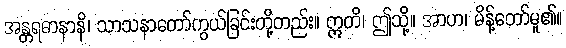
အန္တရဓာနာနိ၊ သာသနာတော်ကွယ်ခြင်းတို့တည်း။ ဣတိ၊ ဤသို့။ အာဟ၊ မိန့်တော်မူ၏။